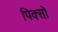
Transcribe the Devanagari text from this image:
पिक्सो